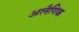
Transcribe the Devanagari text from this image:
अलैगिक